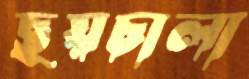
ছয়চালা